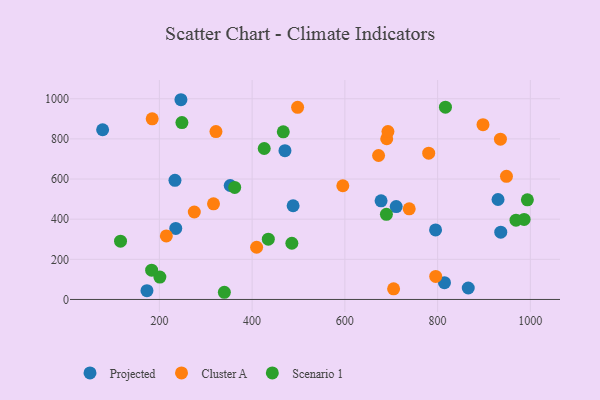
{"axis": {"x": "Ad Spend", "y": "Rating"}, "legend": ["Cluster A", "Projected", "Scenario 1"], "data": [{"x": "866.1", "y": 57.2, "type": "Projected"}, {"x": "246.5", "y": 995.2, "type": "Projected"}, {"x": "235.3", "y": 353.7, "type": "Projected"}, {"x": "936.2", "y": 335.5, "type": "Projected"}, {"x": "710.7", "y": 462.7, "type": "Projected"}, {"x": "77.6", "y": 845.7, "type": "Projected"}, {"x": "352.7", "y": 567.9, "type": "Projected"}, {"x": "678.1", "y": 491.4, "type": "Projected"}, {"x": "814.8", "y": 83.6, "type": "Projected"}, {"x": "233.6", "y": 593.5, "type": "Projected"}, {"x": "470.8", "y": 741.2, "type": "Projected"}, {"x": "488.4", "y": 466.8, "type": "Projected"}, {"x": "795.6", "y": 346.3, "type": "Projected"}, {"x": "173.2", "y": 43.7, "type": "Projected"}, {"x": "930.3", "y": 498.0, "type": "Projected"}, {"x": "705.1", "y": 52.9, "type": "Cluster A"}, {"x": "322.0", "y": 836.6, "type": "Cluster A"}, {"x": "409.7", "y": 260.2, "type": "Cluster A"}, {"x": "738.8", "y": 451.8, "type": "Cluster A"}, {"x": "897.9", "y": 870.8, "type": "Cluster A"}, {"x": "795.9", "y": 114.9, "type": "Cluster A"}, {"x": "595.6", "y": 566.6, "type": "Cluster A"}, {"x": "215.0", "y": 316.4, "type": "Cluster A"}, {"x": "935.5", "y": 798.4, "type": "Cluster A"}, {"x": "948.5", "y": 613.7, "type": "Cluster A"}, {"x": "184.5", "y": 899.9, "type": "Cluster A"}, {"x": "275.3", "y": 435.8, "type": "Cluster A"}, {"x": "690.3", "y": 800.8, "type": "Cluster A"}, {"x": "316.7", "y": 476.7, "type": "Cluster A"}, {"x": "692.9", "y": 836.4, "type": "Cluster A"}, {"x": "780.8", "y": 728.8, "type": "Cluster A"}, {"x": "672.7", "y": 717.3, "type": "Cluster A"}, {"x": "498.1", "y": 957.4, "type": "Cluster A"}, {"x": "340.1", "y": 35.8, "type": "Scenario 1"}, {"x": "816.9", "y": 958.0, "type": "Scenario 1"}, {"x": "993.6", "y": 496.4, "type": "Scenario 1"}, {"x": "969.1", "y": 394.9, "type": "Scenario 1"}, {"x": "201.0", "y": 111.3, "type": "Scenario 1"}, {"x": "434.9", "y": 300.3, "type": "Scenario 1"}, {"x": "986.6", "y": 398.9, "type": "Scenario 1"}, {"x": "689.6", "y": 424.4, "type": "Scenario 1"}, {"x": "183.3", "y": 145.8, "type": "Scenario 1"}, {"x": "248.6", "y": 881.3, "type": "Scenario 1"}, {"x": "485.7", "y": 280.1, "type": "Scenario 1"}, {"x": "116.2", "y": 290.5, "type": "Scenario 1"}, {"x": "467.2", "y": 835.1, "type": "Scenario 1"}, {"x": "362.4", "y": 558.1, "type": "Scenario 1"}, {"x": "426.1", "y": 752.1, "type": "Scenario 1"}]}